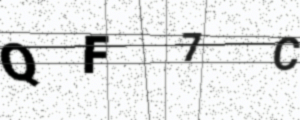
Text: QF7C